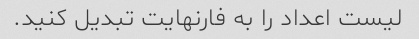
لیست اعداد را به فارنهایت تبدیل کنید.